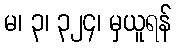
မ၊ ၃၊ ၃၂၄၊ မှယူရန်